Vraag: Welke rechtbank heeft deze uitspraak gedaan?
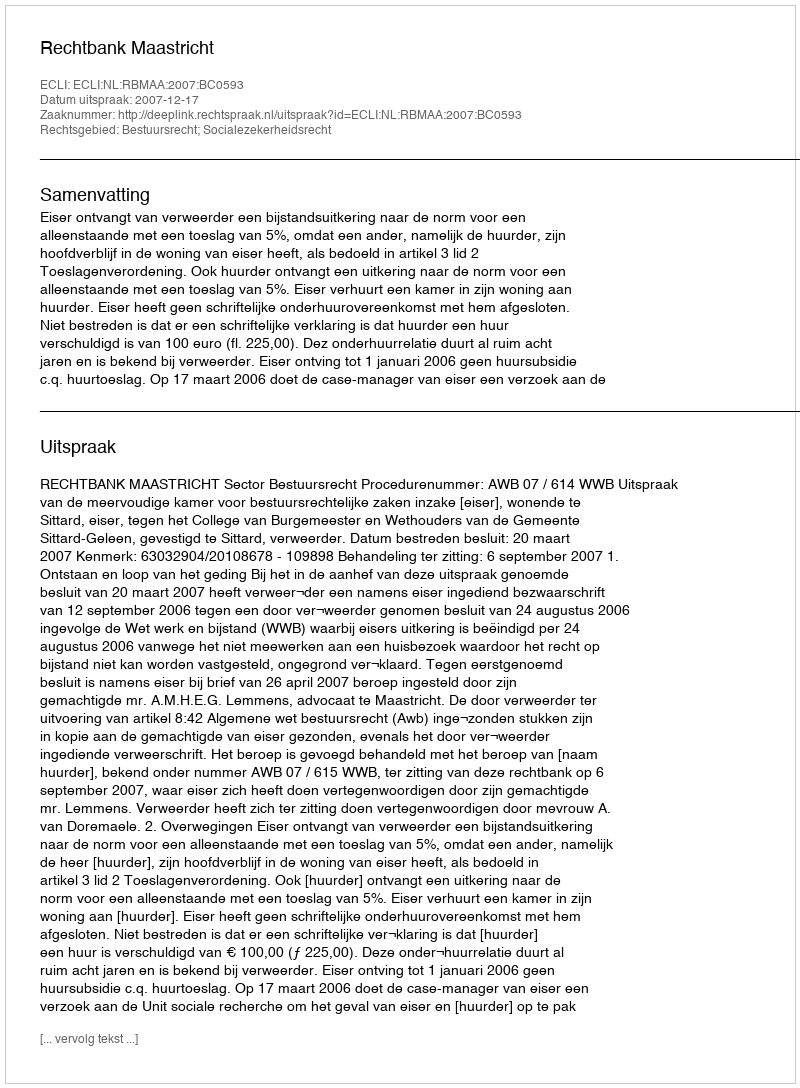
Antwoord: Rechtbank Maastricht